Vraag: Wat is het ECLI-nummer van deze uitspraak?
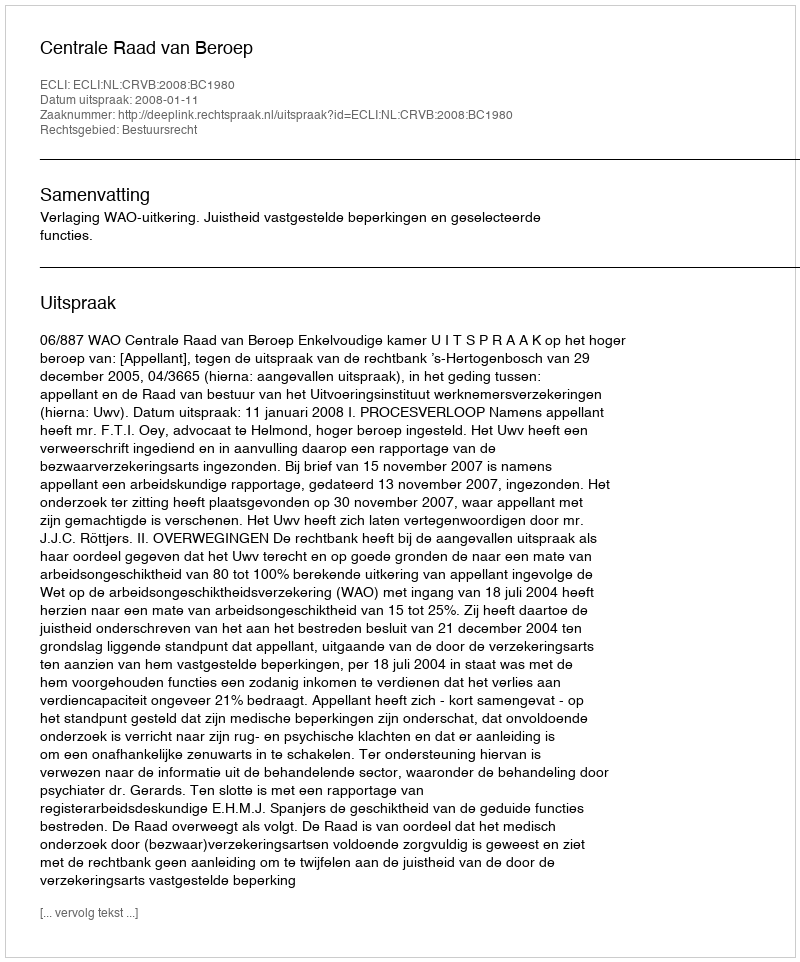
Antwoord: ECLI:NL:CRVB:2008:BC1980